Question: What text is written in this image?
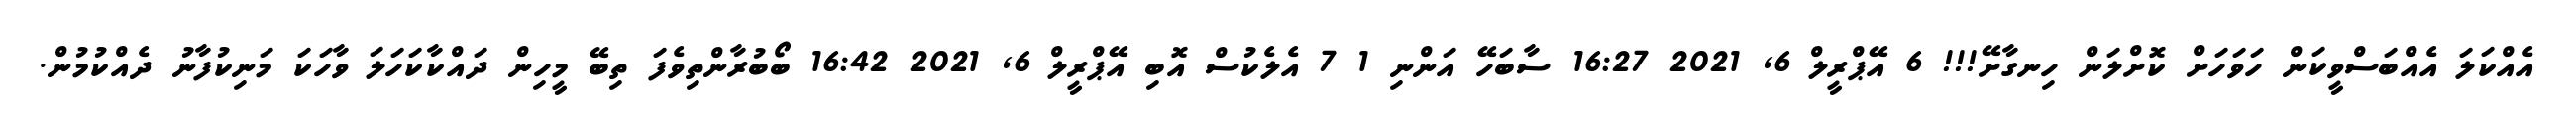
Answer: އެއްކަލަ އެއްބަސްވީކަން ހަވަހަށް ކޮށްލަން ހިނގާށޭ!!! 6 އޭޕްރީލް 6, 2021 16:27 ސާބަހޭ އަންނި 1 7 އެލެކުސް އޮބި އޭޕްރީލް 6, 2021 16:42 ބޯބުރާންތިވެފަ ތިބޭ މީހިން ދައްކާކަހަލަ ވާހަކަ މަނިކުފާނު ދެއްކުމުން.